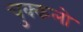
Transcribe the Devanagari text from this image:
चुक्कलो